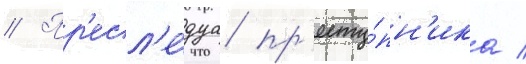
// Пр'есл'е́дуа пр'есту́пн'ика /